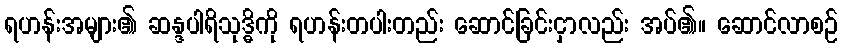
ရဟန်းအများ၏ ဆန္ဒပါရိသုဒ္ဓိကို ရဟန်းတပါးတည်း ဆောင်ခြင်းငှာလည်း အပ်၏။ ဆောင်လာစဉ်